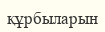
құрбыларын